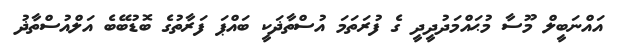
އައްނަބީލް މޫސާ މުޙައްމަދުދީދީ ގެ ފުރަތަމަ އުސްތާޛަކީ ބައްޕަ ފަރާތުގެ ބޮޑުބޭބެ އަލްއުސްތާޛު